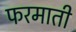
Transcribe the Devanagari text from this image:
फरमाती